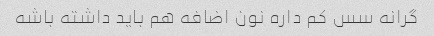
گرانه سس کم داره نون اضافه هم باید داشته باشه